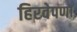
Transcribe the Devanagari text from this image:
हिरवेपणा